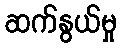
ဆက်နွယ်မှု